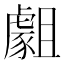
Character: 𧇿